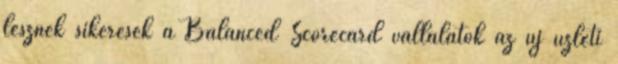
lesznek sikeresek a Balanced Scorecard vállalatok az új üzleti